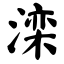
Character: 滦